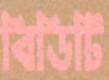
বিডিটি